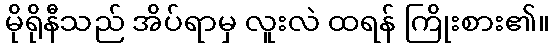
မိုရိုနီသည် အိပ်ရာမှ လူးလဲ ထရန် ကြိုးစား၏။